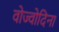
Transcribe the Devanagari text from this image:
वोज्वोदिना